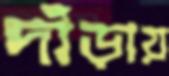
দাঁড়ায়